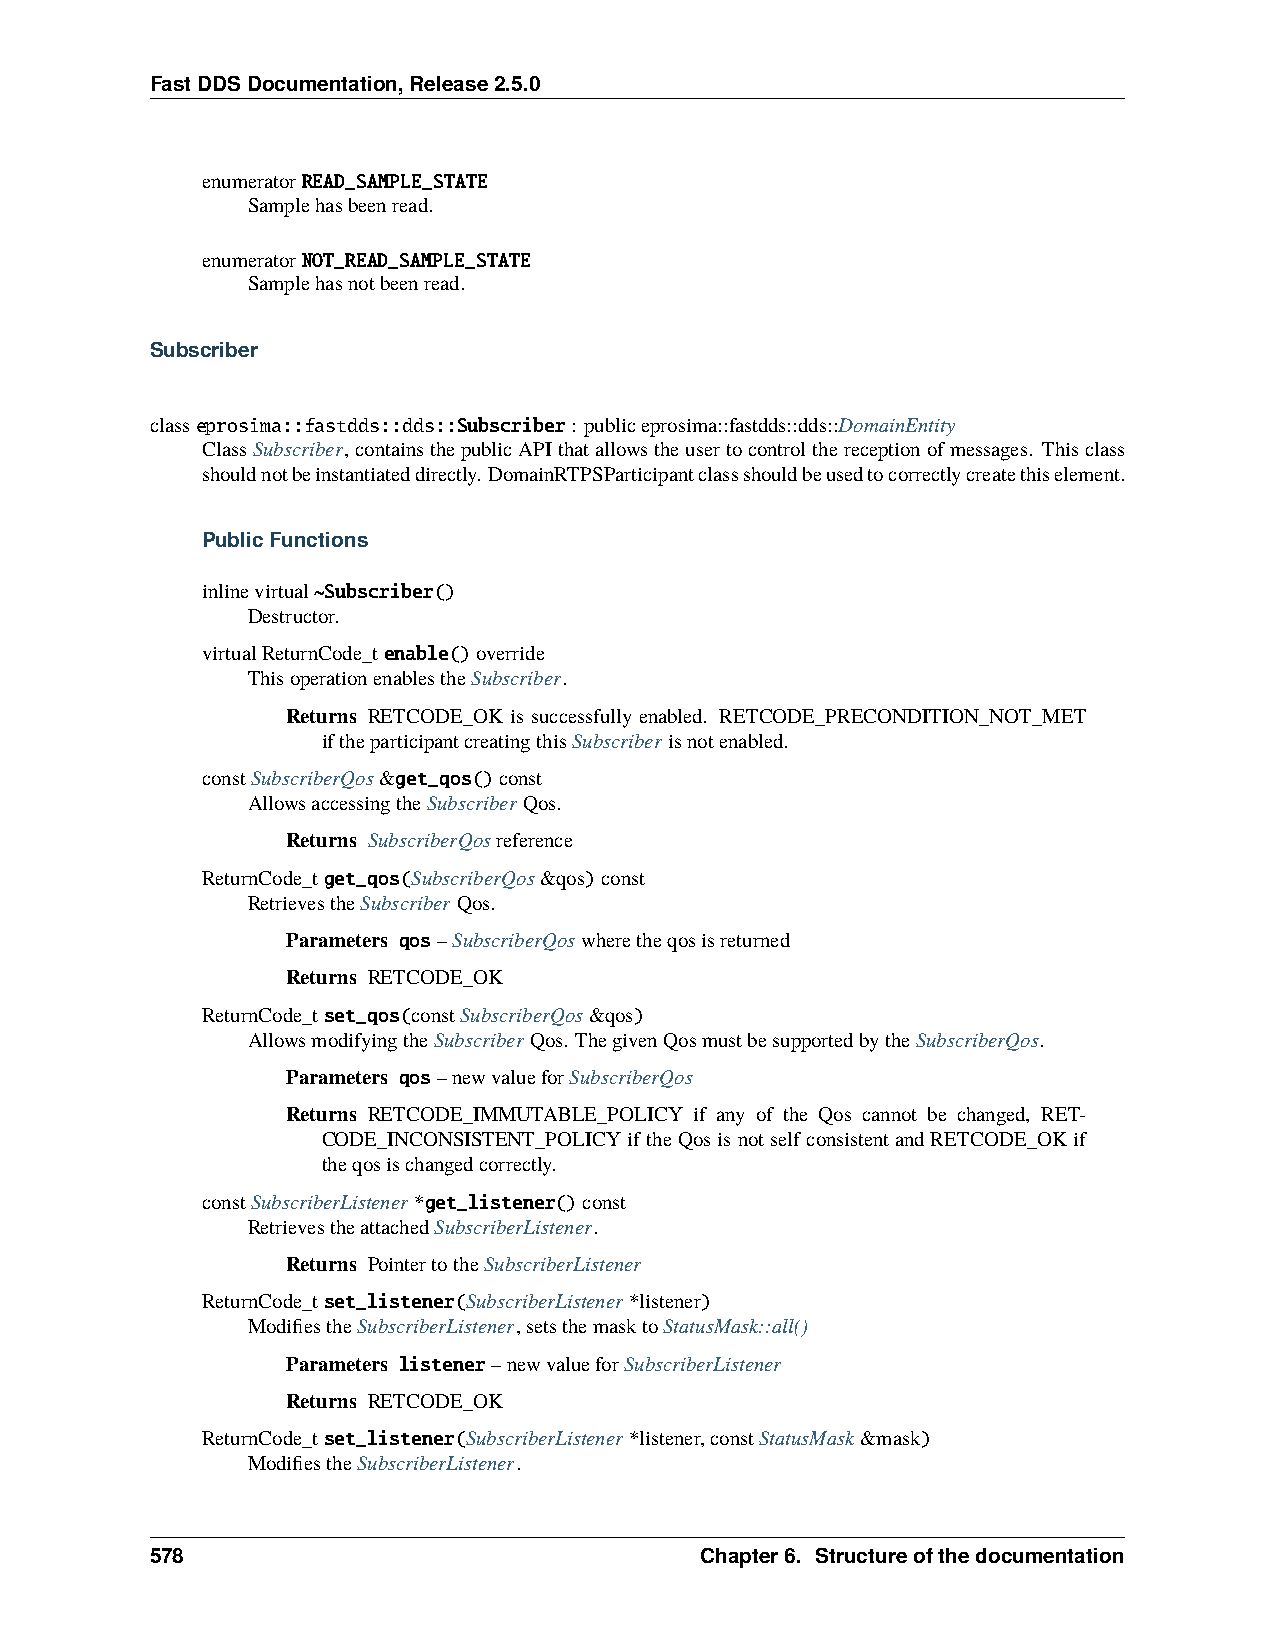
FastDDSDocumentation,Release2.5.0
 enumeratorREAD_SAMPLE_STATE
 Samplehasbeenread.
 enumeratorNOT_READ_SAMPLE_STATE
 Samplehasnotbeenread.
 Subscriber
 classeprosima::fastdds::dds::Subscriber: publiceprosima::fastdds::dds::DomainEntity
 ClassSubscriber,containsthepublicAPIthatallowstheusertocontrolthereceptionofmessages. Thisclass
 shouldnotbeinstantiateddirectly. DomainRTPSParticipantclassshouldbeusedtocorrectlycreatethiselement.
 PublicFunctions
 inlinevirtual~Subscriber()
 Destructor.
 virtualReturnCode_tenable()override
 ThisoperationenablestheSubscriber.
 Returns RETCODE_OK is successfully enabled. RETCODE_PRECONDITION_NOT_MET
 iftheparticipantcreatingthisSubscriberisnotenabled.
 constSubscriberQos&get_qos()const
 AllowsaccessingtheSubscriberQos.
 Returns SubscriberQosreference
 ReturnCode_tget_qos(SubscriberQos&qos)const
 RetrievestheSubscriberQos.
 Parameters qos–SubscriberQoswheretheqosisreturned
 Returns RETCODE_OK
 ReturnCode_tset_qos(constSubscriberQos&qos)
 AllowsmodifyingtheSubscriberQos. ThegivenQosmustbesupportedbytheSubscriberQos.
 Parameters qos–newvalueforSubscriberQos
 Returns RETCODE_IMMUTABLE_POLICY if any of the Qos cannot be changed, RET-
 CODE_INCONSISTENT_POLICYiftheQosisnotselfconsistentandRETCODE_OKif
 theqosischangedcorrectly.
 constSubscriberListener*get_listener()const
 RetrievestheattachedSubscriberListener.
 Returns PointertotheSubscriberListener
 ReturnCode_tset_listener(SubscriberListener*listener)
 ModifiestheSubscriberListener,setsthemasktoStatusMask::all()
 Parameters listener–newvalueforSubscriberListener
 Returns RETCODE_OK
 ReturnCode_tset_listener(SubscriberListener*listener,constStatusMask&mask)
 ModifiestheSubscriberListener.
 578                                 Chapter6. Structureofthedocumentation